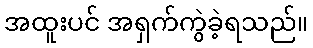
အထူးပင် အရှက်ကွဲခဲ့ရသည်။